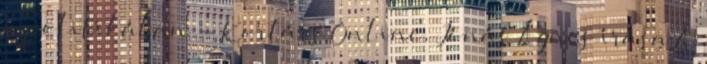
a politikában - Kortárs Online, Jónás Ágnes írása A